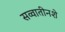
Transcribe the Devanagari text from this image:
सव्वातीनशे